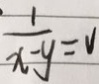
\frac { 1 } { x - y } = v